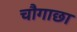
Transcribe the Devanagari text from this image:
चौगाछा